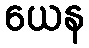
ယေန